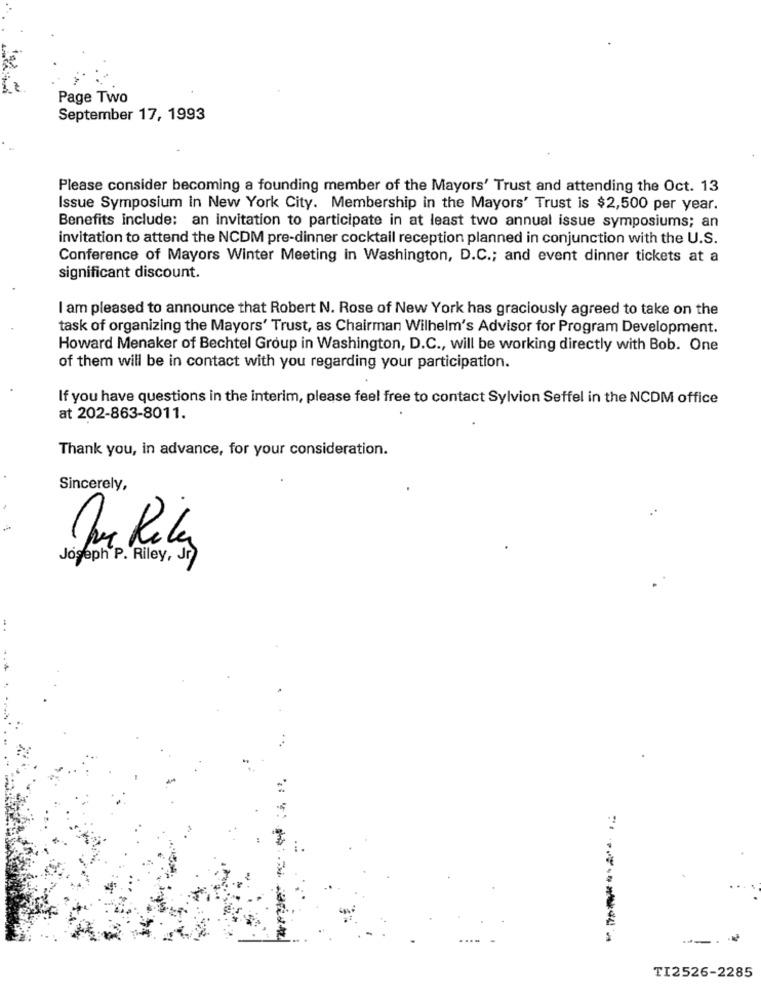
Page Two
September 17, 1993
Please consider becoming a founding member of the Mayors' Trust and attending the Oct. 13
Issue Symposium in New York City. Membership in the Mayors' Trust is $2,500 per year.
Benefits include: an invitation to participate in at least two annual issue symposiums; an
invitation to attend the NCDM pre-dinner cocktail reception planned in conjunction with the U.S.
Conference of Mayors Winter Meeting in Washington, D.C .; and event dinner tickets at a
significant discount.
I am pleased to announce that Robert N. Rose of New York has graciously agreed to take on the
task of organizing the Mayors' Trust, as Chairman Wilhelm's Advisor for Program Development.
Howard Menaker of Bechtel Group in Washington, D.C ., will be working directly with Bob. One
of them will be in contact with you regarding your participation.
If you have questions in the interim, please feel free to contact Sylvion Seffel in the NCDM office
at 202-863-8011.
Thank you, in advance, for your consideration.
Sincerely,
Joseph P. Riley, Jr
:------
TI2526-2285